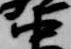
中